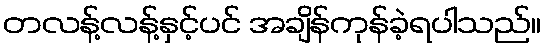
တလန့်လန့်နှင့်ပင် အချိန်ကုန်ခဲ့ရပါသည်။